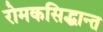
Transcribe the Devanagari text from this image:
रोमकसिद्धान्त